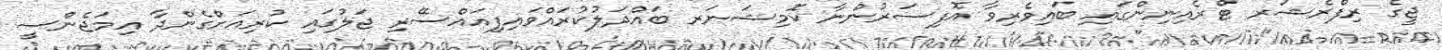
ޖީގެ ރިފްރެޝަރ ޓްރެއިނިންގައި ބައިވެރިވާ އޮފިސަރުންނާ ކޮމިޝަނަރ ބައްދަލުކުރައްވައިފިއައްސޭރި ޖަލުގައި ކުރިއަށްގެންދާ އިމަޖެންސީ